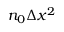
n _ { 0 } \Delta x ^ { 2 }